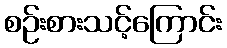
စဉ်းစားသင့်ကြောင်း